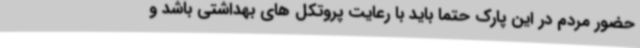
حضور مردم در این پارک حتما باید با رعایت پروتکل های بهداشتی باشد و